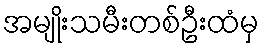
အမျိုးသမီးတစ်ဦးထံမှ